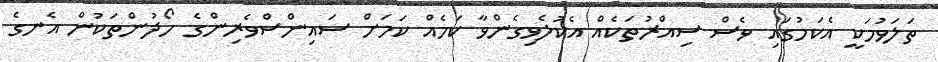
ތަލަވުމަކީ އެކަމުގައި ވެސް ސިއްރުތަކެއް އެކުލެވިގެންވާ ކަމެއް ކަމަށް ސައިންސްވެރިންގެ ހޯދުންތަކުން އެނގެ